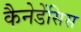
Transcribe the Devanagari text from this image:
कैनेडेंसिस